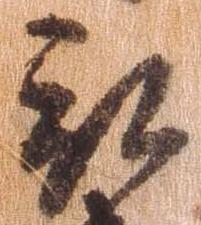
被